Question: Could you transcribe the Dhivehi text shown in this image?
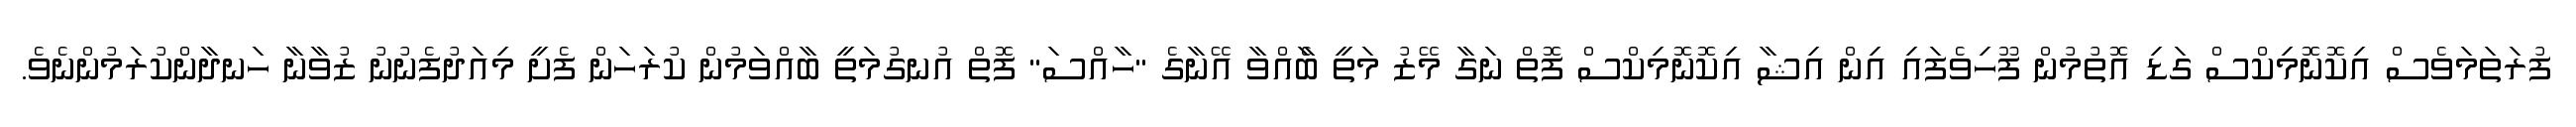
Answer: ފުރަތަމަވެސް އިކޮނޮމިކްސް ގަޑި އޮތުމުން ފޫހިވެފައި އިން އިޝާ އިކޮނޮމިކްސް ފޮތް ނަގާ މޭޒު މަތީ ބާެއްވާ އޭނާގެ "ހާއްސަ" ފޮތް އުނގުމަތީ ބާއްވަމުން ކުރަހަން ފެށީ މިއަދުފެނުނު ޒުވާނާ ހަނދާންކުރަމުންނެވެ.